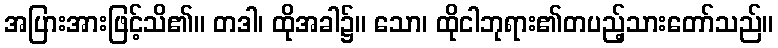
အပြားအားဖြင့်သိ၏။ တဒါ၊ ထိုအခါ၌။ သော၊ ထိုငါဘုရား၏တပည့်သားတော်သည်။